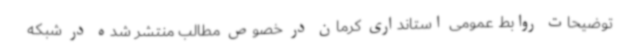
توضیحات روابط عمومی استانداری کرمان در خصوص مطالب منتشر شده در شبکه